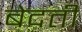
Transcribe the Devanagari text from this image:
बेदती